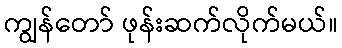
ကျွန်တော် ဖုန်းဆက်လိုက်မယ်။